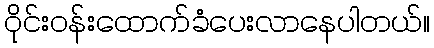
ဝိုင်းဝန်းထောက်ခံပေးလာနေပါတယ်။